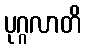
ပုဂ္ဂလာတိ